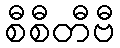
စီစီတီဗီ